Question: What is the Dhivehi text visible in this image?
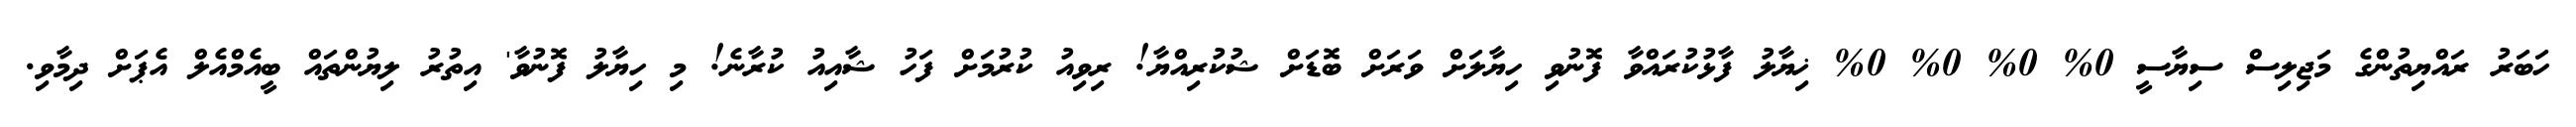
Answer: ހަބަރު ރައްޔިތުންގެ މަޖިލިސް ސިޔާސީ 0% 0% 0% 0% ޚިޔާލު ފާޅުކުރައްވާ ފޮނުވި ހިޔާލަށް ވަރަށް ބޮޑަށް ޝުކުރިއްޔާ! ރިވިއު ކުރުމަށް ފަހު ޝާއިއު ކުރާނެ! މި ހިޔާލު ފޮނުވާ' އިތުރު ލިޔުންތައް ބީއެމްއެލް އެޕަށް ދިމާވި.